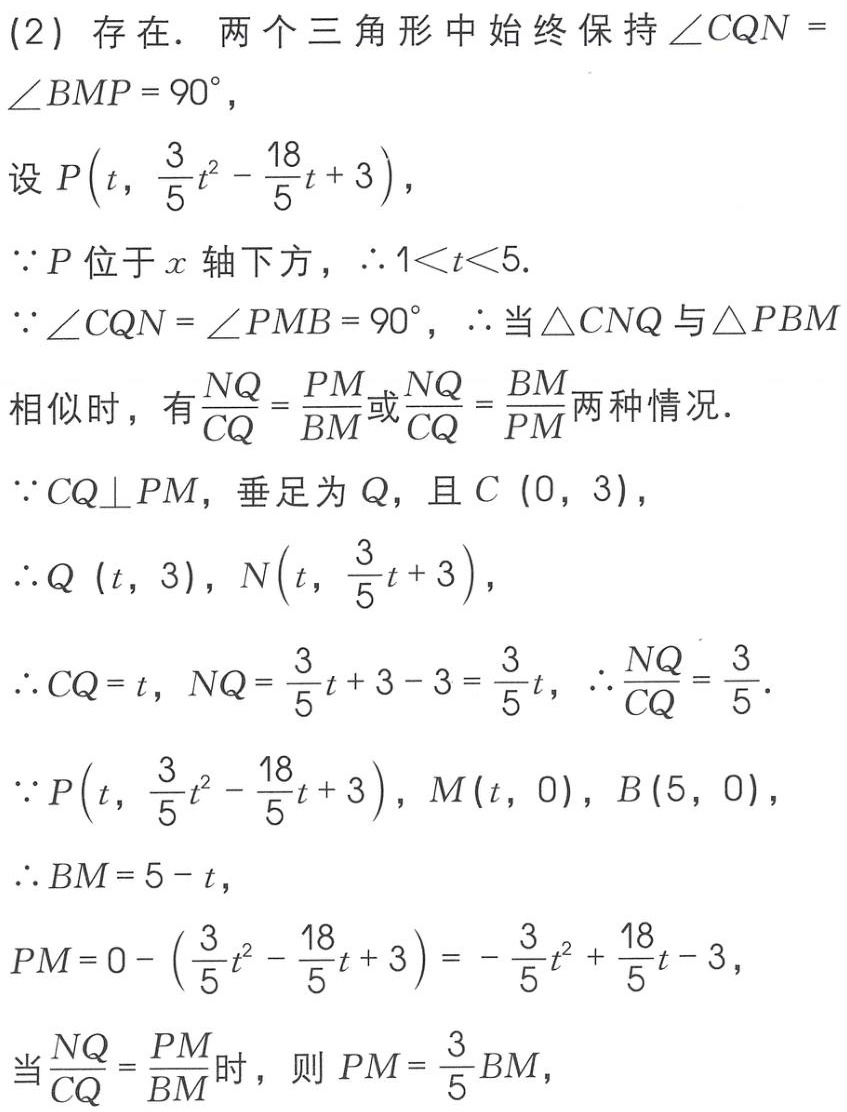
(2) 存在. 两个三角形中始终保持 \(\angle CQN = \angle BMP = 90^{\circ}\),
设 \(P\left(t,\frac{3}{5}t^{2}-\frac{18}{5}t + 3\right)\),
\(\because P\) 位于 \(x\) 轴下方，\(\therefore 1\lt t\lt5\).
\(\because \angle CQN = \angle PMB = 90^{\circ}\), \(\therefore\) 当 \(\triangle CNQ\) 与 \(\triangle PBM\) 相似时，有 \(\frac{NQ}{CQ}=\frac{PM}{BM}\) 或 \(\frac{NQ}{CQ}=\frac{BM}{PM}\) 两种情况.
\(\because CQ\perp PM\), 垂足为 \(Q\), 且 \(C\left(0,3\right)\),
\(\therefore Q\left(t,3\right)\), \(N\left(t,\frac{3}{5}t + 3\right)\),
\(\therefore CQ = t\), \(NQ=\frac{3}{5}t + 3 - 3=\frac{3}{5}t\), \(\therefore \frac{NQ}{CQ}=\frac{3}{5}\).
\(\because P\left(t,\frac{3}{5}t^{2}-\frac{18}{5}t + 3\right)\), \(M\left(t,0\right)\), \(B\left(5,0\right)\),
\(\therefore BM = 5 - t\),
\(PM = 0-\left(\frac{3}{5}t^{2}-\frac{18}{5}t + 3\right)=-\frac{3}{5}t^{2}+\frac{18}{5}t - 3\),
当 \(\frac{NQ}{CQ}=\frac{PM}{BM}\) 时，则 \(PM=\frac{3}{5}BM\),